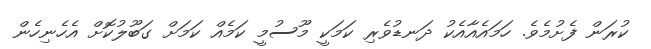
ކުރަން ފެށުމެވެ. ހަމައެއާއެކު ދަނޑުވެރި ކަމަކީ މޫސުމީ ކަމެއް ކަމަށް ގަބޫލުކޮށް އެހެނިހެން